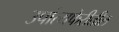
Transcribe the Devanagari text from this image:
उपांत्यफेरीतील